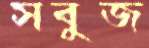
সবুজ